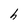
Character: h